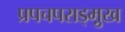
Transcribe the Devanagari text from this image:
प्रपचपराड्म़ुख